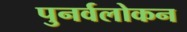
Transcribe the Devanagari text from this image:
पुनर्वलोकन